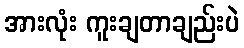
အားလုံး ကူးချတာချည်းပဲ